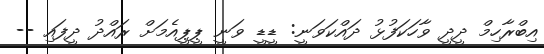
އިބްރާހިމް ދީދީ ވާހަކަފުޅު ދައްކަވަނީ: ޑީޑީ ވަނީ ޕީޕީއެމަށް ރައްދު ދީފައި --